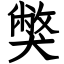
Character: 獘